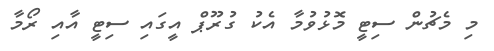
މި މެޗުން ސިޓީ މޮޅުވުމާ އެކު ގުރޫޕް އީގައި ސިޓީ އާއި ރޯމާ